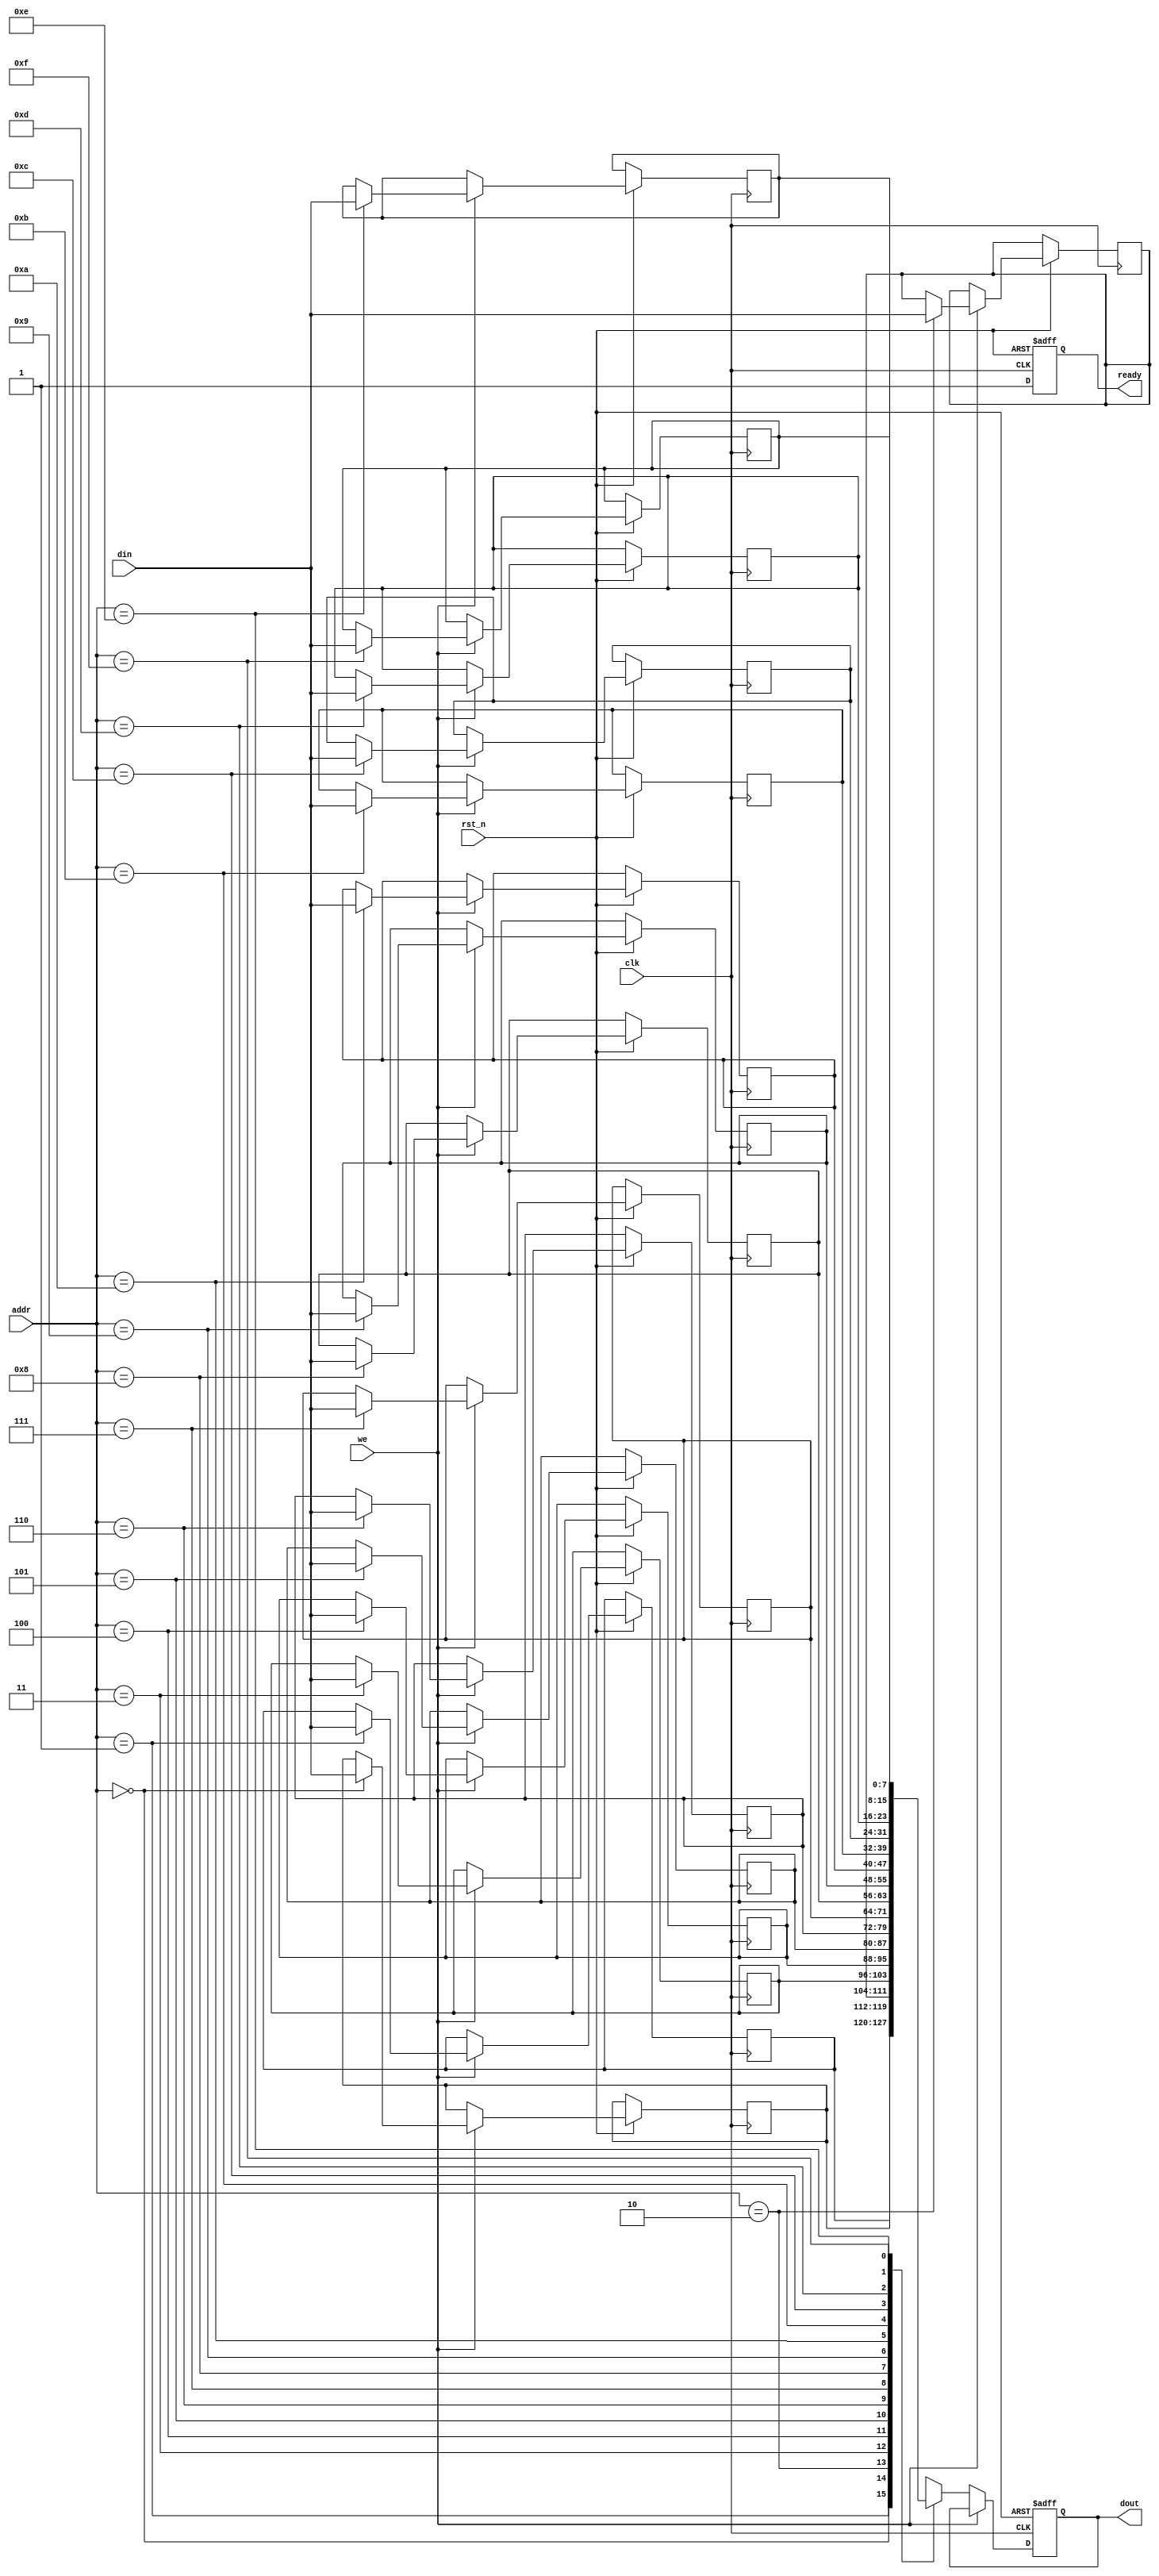
module low_power_sram #(
    parameter DATA_WIDTH = 8,   // Configurable data width
    parameter ADDR_WIDTH = 4,    // Address width (for 16x8 SRAM)
    parameter MEMORY_DEPTH = 16   // Number of memory locations
)(
    input wire clk,
    input wire rst_n,
    input wire we,               // Write enable
    input wire [ADDR_WIDTH-1:0] addr, // Address input
    input wire [DATA_WIDTH-1:0] din,  // Data input
    output reg [DATA_WIDTH-1:0] dout,  // Data output
    output reg ready             // Ready signal for asynchronous operation
);

    // Memory array (16x8 SRAM)
    reg [DATA_WIDTH-1:0] memory [0:MEMORY_DEPTH-1];

    // Address decoder (simple direct mapping)
    wire [MEMORY_DEPTH-1:0] word_line;
    assign word_line = 1'b1 << addr;

    // Control logic for read and write operations
    always @(posedge clk or negedge rst_n) begin
        if (!rst_n) begin
            dout <= 0;
            ready <= 1'b0; // Initially not ready
        end else begin
            ready <= 1'b1; // Set ready signal on clock edge
            if (we) begin
                // Write operation
                memory[addr] <= din;
            end else begin
                // Read operation
                dout <= memory[addr];
            end
        end
    end

    // Power management (simple example)
    always @(posedge clk or negedge rst_n) begin
        if (!rst_n) begin
            // Reset logic for power management
            // Additional power management logic can be added here
        end else begin
            // Implement low-power modes if needed
            // For example, sleep mode can be controlled by an external signal
        end
    end

endmodule